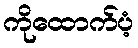
ကိုထောက်ပံ့